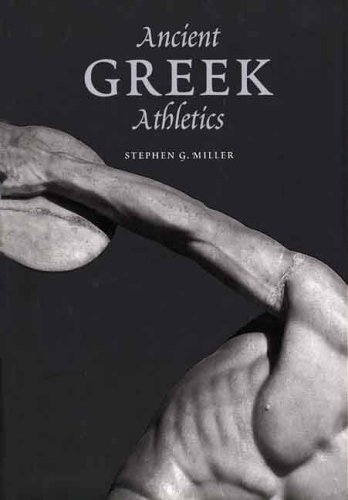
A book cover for Ancient Greek Athletics; Stephen G. Miller; Sports & Outdoors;